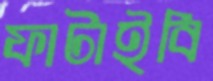
ফাটাইবি